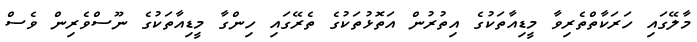
މާލޭގައި ހަރަކާތްތެރިވާ މީޑިއާތަކުގެ އިތުރުން އަތޮޅުތަކުގެ ތެރޭގައި ހިންގާ މީޑިއާތަކުގެ ނޫސްވެރިން ވެސް